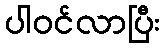
ပါဝင်လာပြီး